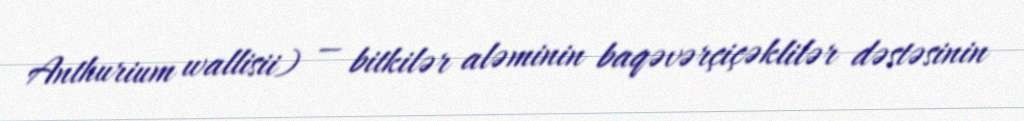
Anthurium wallisii) — bitkilər aləminin baqəvərçiçəklilər dəstəsinin